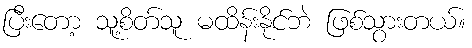
ပြီးတော့ သူ့စိတ်သူ မထိန်းနိုင်ဘဲ ဖြစ်သွားတယ်။